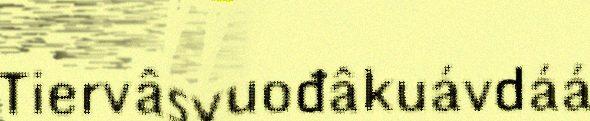
Tiervâsvuođâkuávdáá